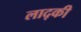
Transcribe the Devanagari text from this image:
लाद्की